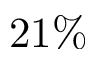
2 1 \%